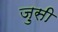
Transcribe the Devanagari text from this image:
ज़ुसी